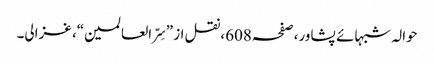
حوالہ شبہائے پشاور،صفحہ608،نقل از ”سِرّ العالمین“، غزالی۔